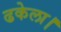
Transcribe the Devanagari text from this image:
ढकेला।